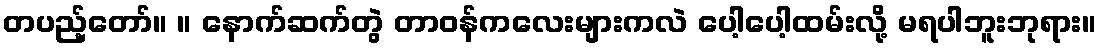
တပည့်တော်။ ။ နောက်ဆက်တွဲ တာဝန်ကလေးများကလဲ ပေါ့ပေါ့ထမ်းလို့ မရပါဘူးဘုရား။